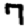
Digit: 7